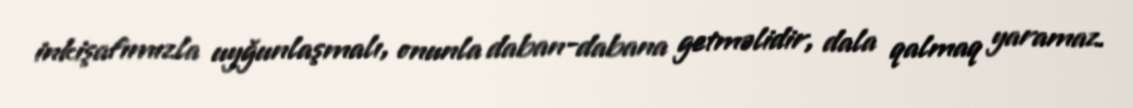
inkişafımızla uyğunlaşmalı, onunla daban-dabana getməlidir, dala qalmaq yaramaz.